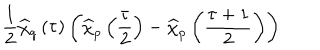
LaTeX: \frac { 1 } { 2 } \widehat { \chi } _ { q } \left( \tau \right) \left( \widehat { \chi } _ { p } \left( \frac { \tau } { 2 } \right) - \widehat { \chi } _ { p } \left( \frac { \tau + 1 } { 2 } \right) \right)